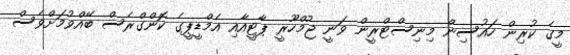
މީގެ ކުރިން ހައުސިން މިނިސްޓްރީން ވަނީ ޖުމްހޫރީ ޕާޓީއާއި އެމްޑީޕީގެ ކޮންގްރެސް ބޭއްވުމަށްވެސް